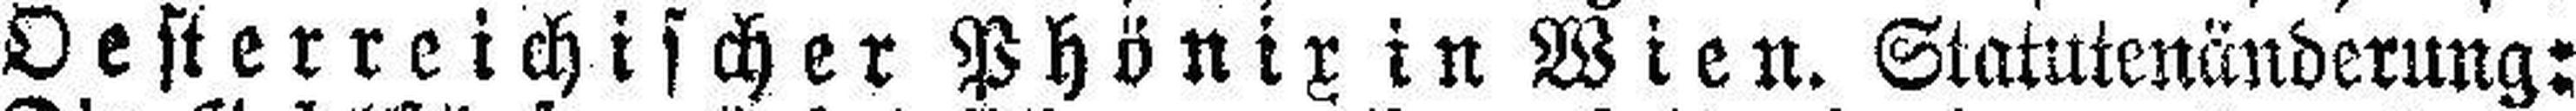
Oesterreichtscher Phönix in Wien. Statutenänderung: